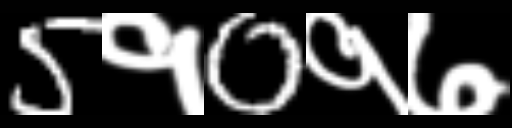
Text: 5१0१७